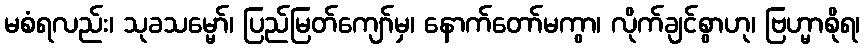
မစံရလည်း၊ သုခသမ္မော်၊ ပြည်မြတ်ကျော်မှ၊ နောက်တော်မကွာ၊ လိုက်ချင်စွာဟု၊ ဗြဟ္မာစိုရ၊